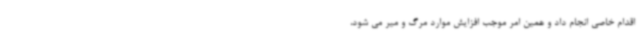
اقدام خاصی انجام داد و همین امر موجب افزایش موارد مرگ و میر می شود،